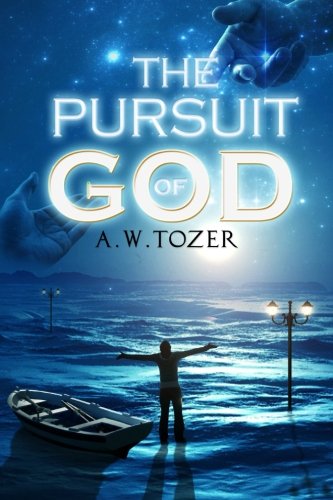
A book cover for The Pursuit of God; A. W. Tozer; Christian Books & Bibles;